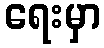
ရေးမှာ